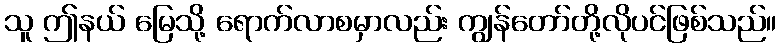
သူ ဤနယ် မြေသို့ ရောက်လာစမှာလည်း ကျွန်တော်တို့လိုပင်ဖြစ်သည်။